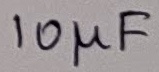
Text: 10µF